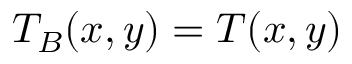
T _ { B } ( x , y ) = T ( x , y )